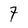
Character: 7